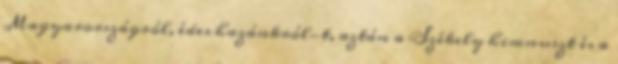
Magyarországról, édes hazánkról-t, aztán a Székely himnuszt és a